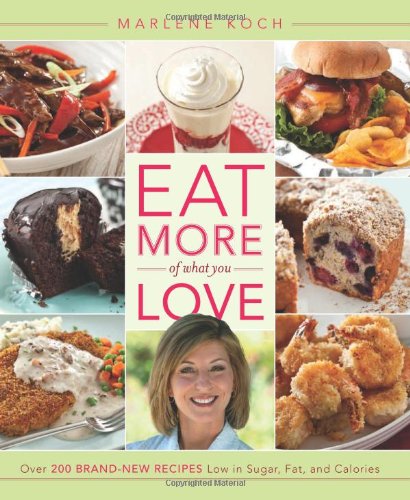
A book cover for Eat More of What You Love: Over 200 Brand-New Recipes Low in Sugar, Fat, and Calories; Marlene Koch; Cookbooks, Food & Wine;